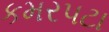
કમરપટા